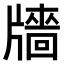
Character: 𤗼